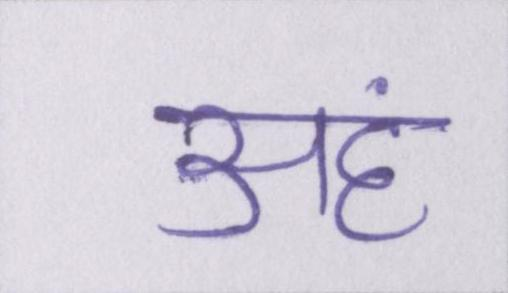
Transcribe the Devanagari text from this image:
अहं